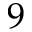
9